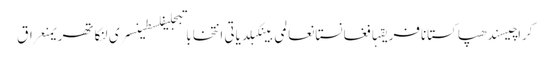
کراچیسندھپاکستانافریقہافغانستانعالمی بینکبلدیاتی انتخاباتبجلیفلسطینسری لنکاتھریمنعراق